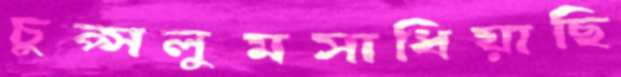
চুপ্‌সলুমসাধিয়াছি